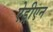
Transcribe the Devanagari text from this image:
ऐड्रीएन